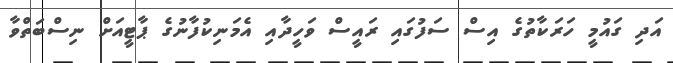
އަދި ގައުމީ ހަރަކާތުގެ އިސް ސަފުގައި ރައީސް ވަހީދާއި އެމަނިކުފާނުގެ ޕާޓީއަށް ނިސްބަތްވާ